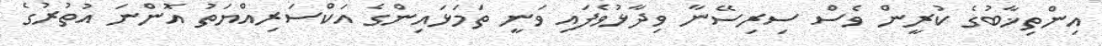
އިންތިޚާބުގެ ކުރީން ވެސް ސިރިސޭނާ ވިދާޅުވެފައި ވަނީ ތަމަޅައިންގެ އަކްސަރިއްޔަތު އޮންނަ އުތުރުގެ